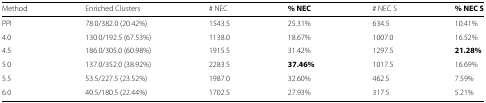
| Method | Enriched Clusters | # NEC | % NEC | # NEC S | % NEC S |
 | --- | --- | --- | --- | --- | --- |
 | PPI | 78.0/382.0 (20.42%) | 1543.5 | 25.31% | 634.5 | 10.41% |
 | 4.0 | 130.0/192.5 (67.53%) | 1138.0 | 18.67% | 1007.0 | 16.52% |
 | 4.5 | 186.0/305.0 (60.98%) | 1915.5 | 31.42% | 1297.5 | 21.28% |
 | 5.0 | 137.0/352.0 (38.92%) | 2283.5 | 37.46% | 1017.5 | 16.69% |
 | 5.5 | 53.5/227.5 (23.52%) | 1987.0 | 32.60% | 462.5 | 7.59% |
 | 6.0 | 40.5/180.5 (22.44%) | 1702.5 | 27.93% | 317.5 | 5.21% |